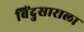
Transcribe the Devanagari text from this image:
बिंदुसाराला